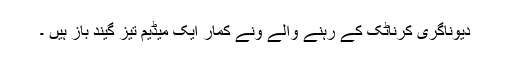
دیوناگری کرناٹک کے رہنے والے ونے کمار ایک میڈیم تیز گیند باز ہیں ۔